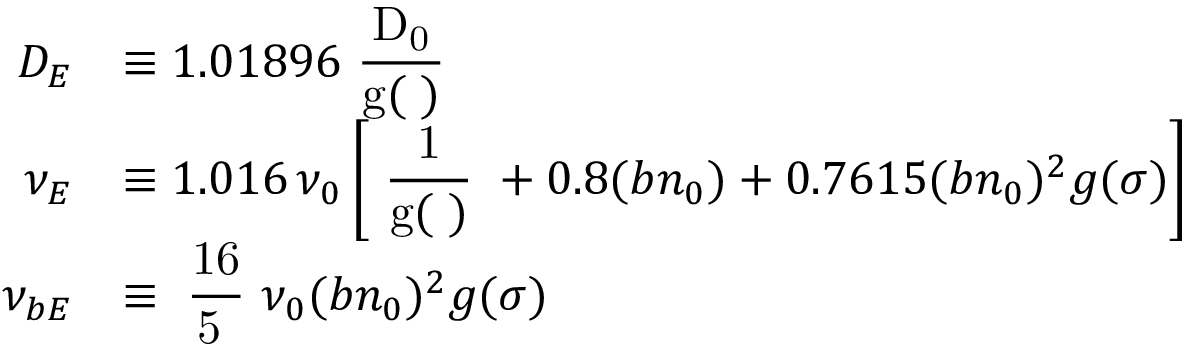
\begin{array} { r l } { D _ { E } } & { \equiv 1 . 0 1 8 9 6 \mathrm { \small ~ \displaystyle \frac { D _ 0 } { g ( \sigma ) } ~ } } \\ { \nu _ { E } } & { \equiv 1 . 0 1 6 \, \nu _ { 0 } \left[ \mathrm { \small ~ \displaystyle \frac { 1 } { g ( \sigma ) } ~ } + 0 . 8 ( b n _ { 0 } ) + 0 . 7 6 1 5 ( b n _ { 0 } ) ^ { 2 } g ( \sigma ) \right] } \\ { \nu _ { b E } } & { \equiv \mathrm { \small ~ \displaystyle \frac { 1 6 } { 5 \pi } ~ } \nu _ { 0 } ( b n _ { 0 } ) ^ { 2 } g ( \sigma ) } \end{array}